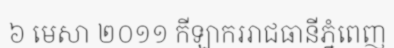
៦ មេសា ២០១១ កីឡាកររាជធានីភ្នំពេញ